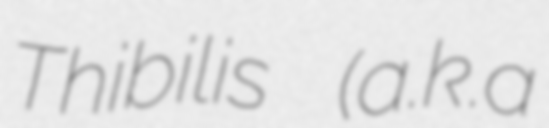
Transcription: Thibilis (a.k.a